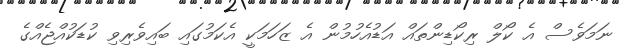
ނަމަވެސް އެ ކޯލް ރިކޯޑިންތައް އަޑުއެހުމުން އެ ޒަހަމަކީ އެކަމުގައި ބައިވެރިވި ކުޑަކުއްޖެއްގެ